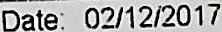
DATE: 02/12/2017